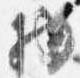
物